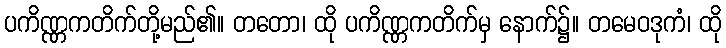
ပကိဏ္ဏကတိက်တို့မည်၏။ တတော၊ ထို ပကိဏ္ဏကတိက်မှ နောက်၌။ တမေဝဒုကံ၊ ထို